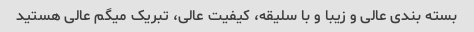
بسته بندی عالی و زیبا و با سلیقه، کیفیت عالی، تبریک میگم عالی هستید